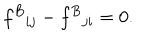
f ^ { B } { } _ { i j } - f ^ { B } { } _ { j i } = 0 .